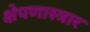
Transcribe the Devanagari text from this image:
क्षेपणास्त्रार